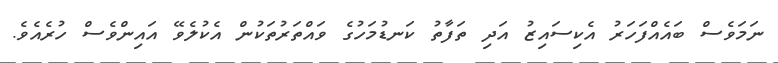
ނަމަވެސް ބައެއްފަހަރު އެކިސައިޒު އަދިި ތަފާތު ކަނޑުމަހުގެ ވައްތަރުތަކުން އެކުލެވޭ އައިންވެސް ހުރެއެވެ.